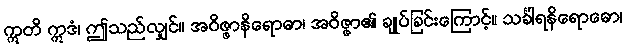
ဣတိ ဣဒံ၊ ဤသည်လျှင်။ အဝိဇ္ဇာနိရောဓာ၊ အဝိဇ္ဇာ၏ ချုပ်ခြင်းကြောင့်။ သင်္ခါရနိရောဓော၊